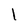
Character: l